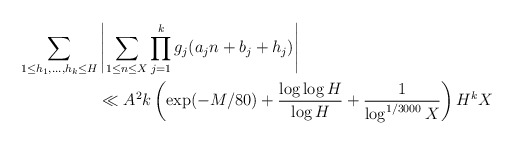
\begin{align*} \sum_{1 \leq h_1,\dots,h_k \leq H} & \left|\sum_{1 \leq n \leq X} \prod_{j=1}^k g_j(a_j n + b_j + h_j)\right| \\ & \ll A^2 k\left( \exp( - M / 80) + \frac{\log\log H}{\log H} + \frac{1}{\log^{1/3000} X} \right) H^k X\end{align*}